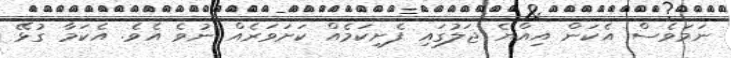
ނަމަވެސް އެކަން އިއްޔެ ޖަލުގައި ފެށިކަމެއް ކަށަވަރެއް ނުވެ އެވެ. އެކަމާ ގުޅޭ